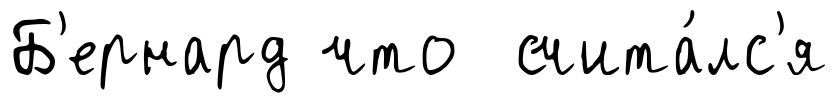
Б'ернард что счита́лс'я